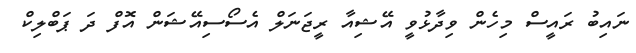
ނައިބު ރައީސް މިހެން ވިދާޅުވީ އޭޝިއާ ރީޖަނަލް އެސޯސިއޭޝަން އޮފް ދަ ޕަބްލިކް